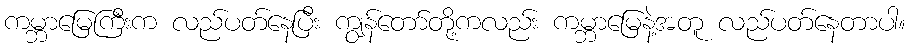
ကမ္ဘာမြေကြီးက လည်ပတ်နေပြီး ကျွန်တော်တို့ကလည်း ကမ္ဘာမြေနဲ့အတူ လည်ပတ်နေတာပါ။